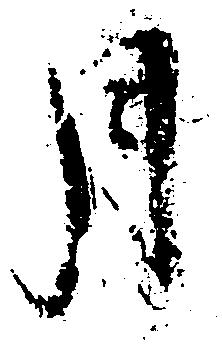
月